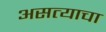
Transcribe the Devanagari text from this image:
असत्याचा